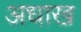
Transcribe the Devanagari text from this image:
अधाख